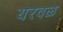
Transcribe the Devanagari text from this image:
यरवळ